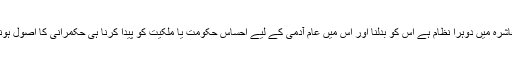
یہ جو معاشرہ میں دوہرا نظام ہے اس کو بدلنا اور اس میں عام آدمی کے لیے احساس حکومت یا ملکیت کو پیدا کرنا ہی حکمرانی کا اصول ہونا چاہیے۔